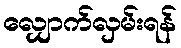
လျှောက်လှမ်းရန်